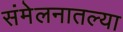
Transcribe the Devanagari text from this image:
संमेलनातल्या